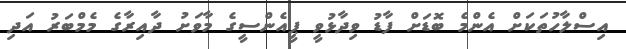
އިސްލާހުތަކަށް އެންމެ ބޮޑަށް ފާޑު ވިދާޅުވީ ޕީއެންސީގެ މާވަށު ދާއިރާގެ މެމްބަރު އަދި